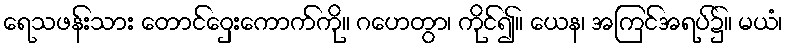
ရေသဖန်းသား တောင်ဝှေးကောက်ကို။ ဂဟေတွာ၊ ကိုင်၍။ ယေန၊ အကြင်အရပ်၌။ မယံ၊